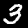
Label: 3